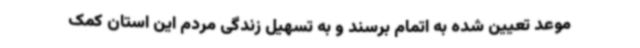
موعد تعیین شده به اتمام برسند و به تسهیل زندگی مردم این استان کمک